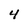
Character: 4